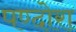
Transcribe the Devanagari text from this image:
पण्दोरा